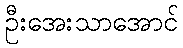
ဦးအေးသာအောင်